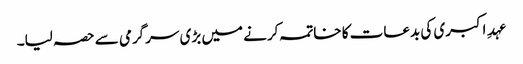
عہدِ اکبری کی بدعات کا خاتمہ کرنے میں بڑی سرگرمی سے حصہ لیا۔